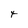
Character: t